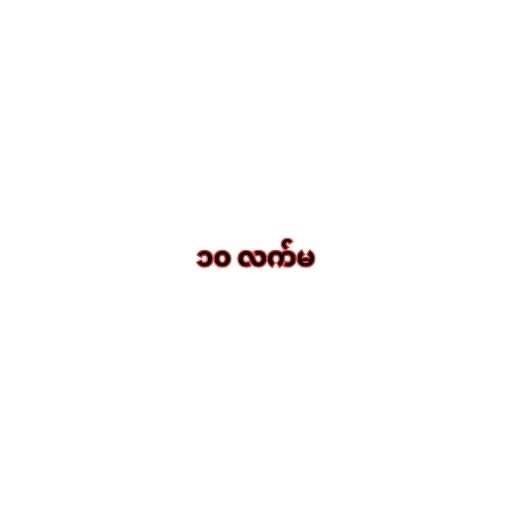
၁၀ လက်မ